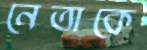
নেতাকে